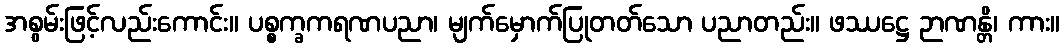
အစွမ်းဖြင့်လည်းကောင်း။ ပစ္စက္ခကရဏပညာ၊ မျက်မှောက်ပြုတတ်သော ပညာတည်း။ ဖဿဋ္ဌေ ဉာဏန္တိ၊ ကား။